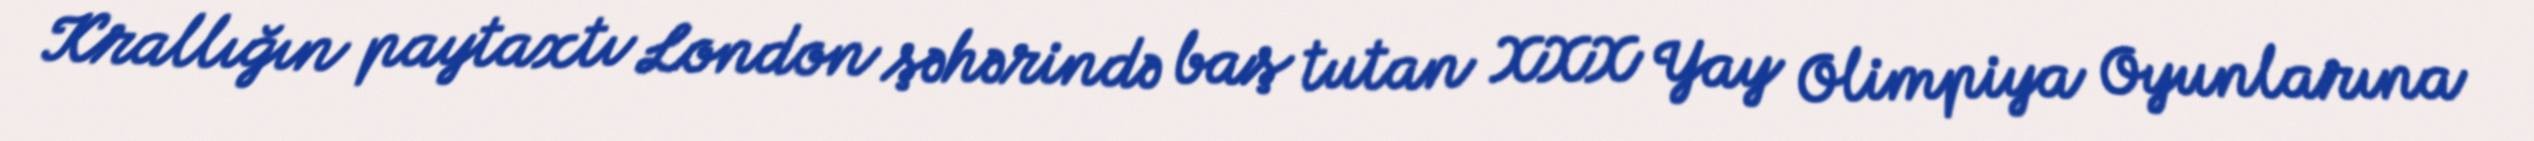
Krallığın paytaxtı London şəhərində baş tutan XXX Yay Olimpiya Oyunlarına